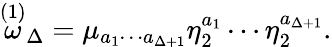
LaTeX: \stackrel{(1)}{\omega}_{\Delta}=\mu_{a_{1}\cdots a_{\Delta+1}}\eta_{2}^{a_{1}}\cdots\eta_{2}^{a_{\Delta+1}}.